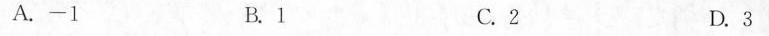
A.-1 B.1 C.2 D.3